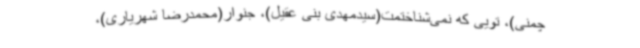
چمنی)، تویی که نمی‌شناختمت(سیدمهدی بنی عقیل)، جنوار(محمدرضا شهریاری)،